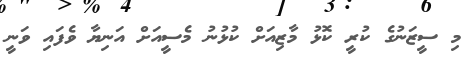
މި ސީޒަނުގެ ކުރީ ކޮޅު މާޒިއަށް ކުޅުނު މެސީއަށް އަނިޔާ ވެފައި ވަނީ